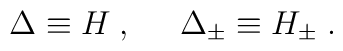
\Delta\equiv H\; ,\;\;\;\;\;\Delta_\pm\equiv H_\pm\; .